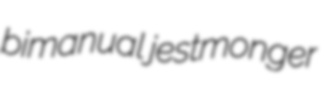
bimanual jestmonger